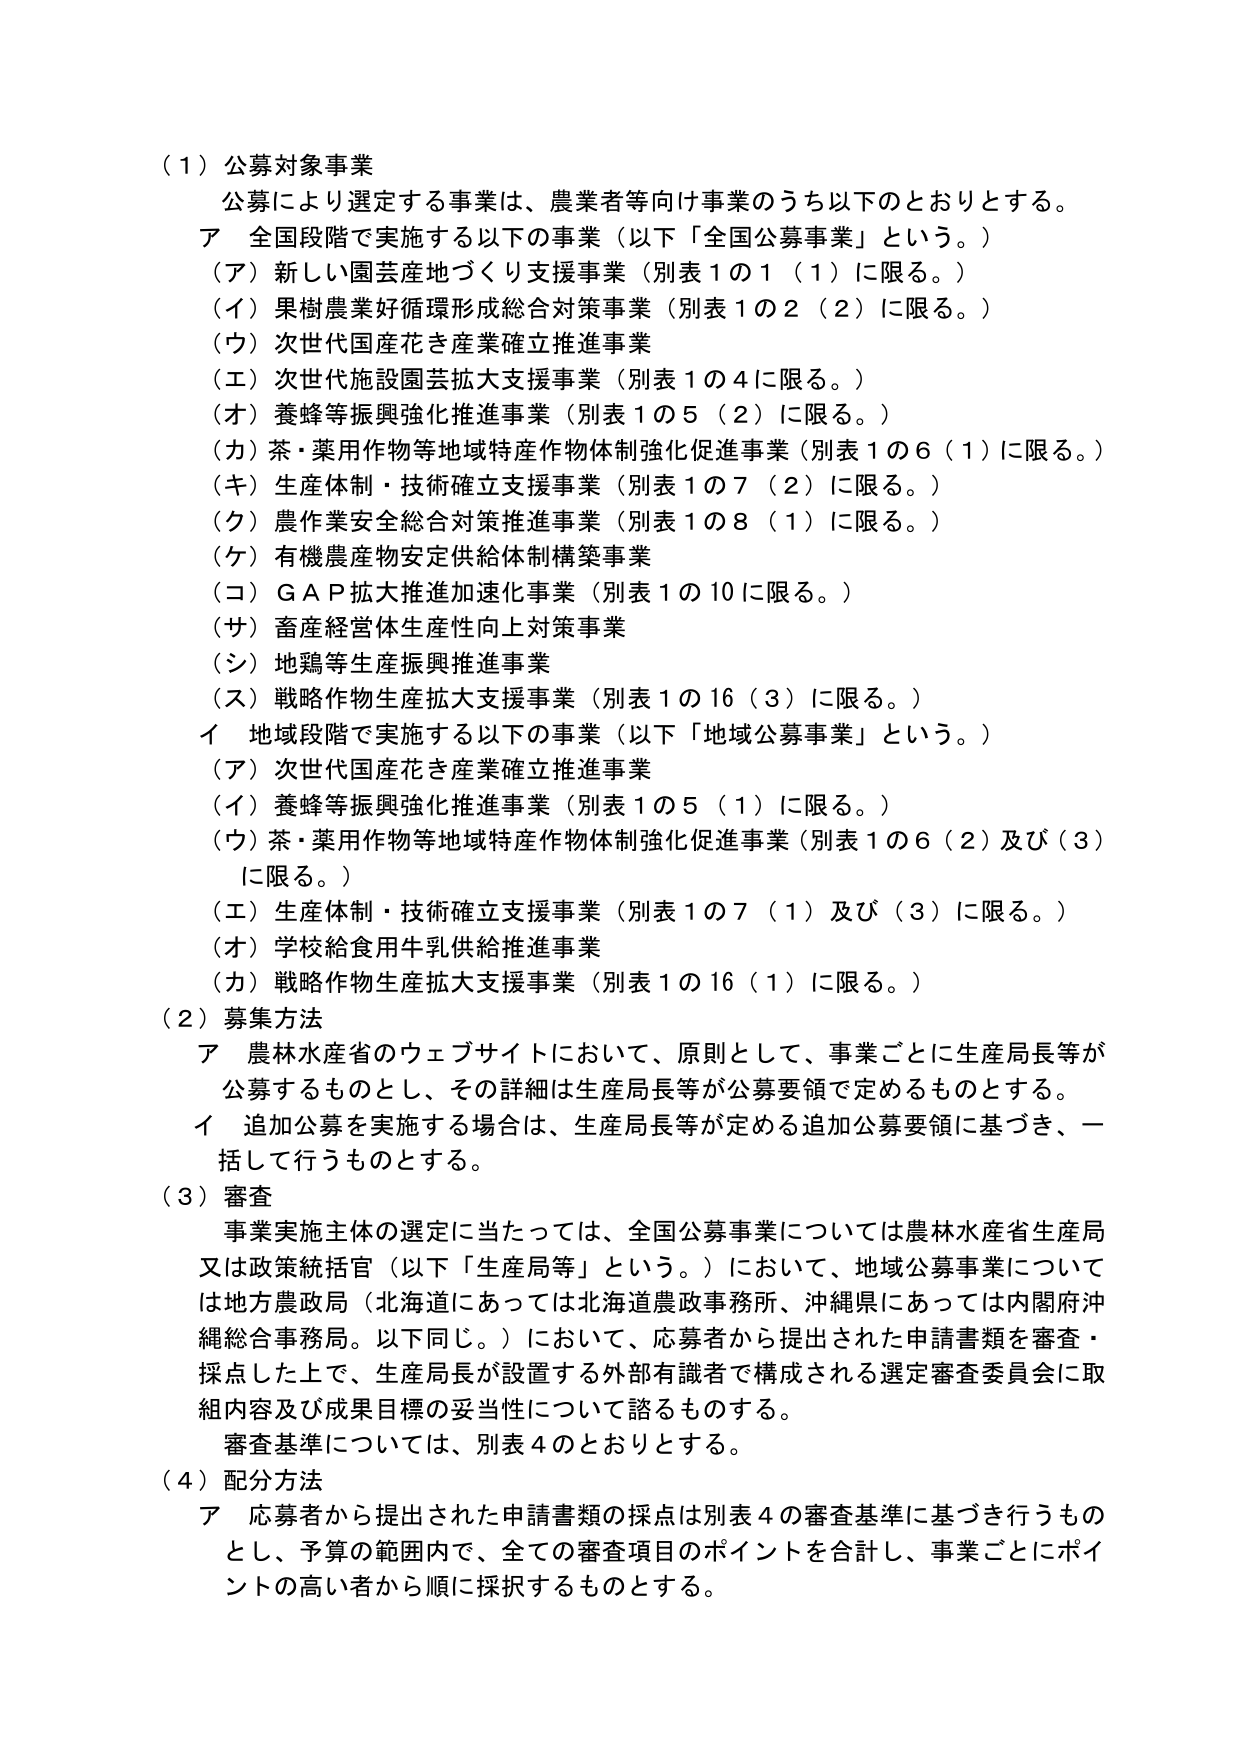
（１）公募対象事業
　公募により選定する事業は、農業者等向け事業のうち以下のとおりとする。
　ア　全国段階で実施する以下の事業（以下「全国公募事業」という。）
　　（ア）新しい園芸産地づくり支援事業（別表１の１（１）に限る。）
　　（イ）果樹農業好循環形成総合対策事業（別表１の２（２）に限る。）
　　（ウ）次世代国産花き産業確立推進事業
　　（エ）次世代施設園芸拡大支援事業（別表１の４に限る。）
　　（オ）養蜂等振興強化推進事業（別表１の５（２）に限る。）
　　（カ）茶・薬用作物等地域特産作物体制強化促進事業（別表１の６（１）に限る。）
　　（キ）生産体制・技術確立支援事業（別表１の７（２）に限る。）
　　（ク）農作業安全総合対策推進事業（別表１の８（１）に限る。）
　　（ケ）有機農産物安定供給体制構築事業
　　（コ）ＧＡＰ拡大推進加速化事業（別表１の10に限る。）
　　（サ）畜産経営体生産性向上対策事業
　　（シ）地鶏等生産振興推進事業
　　（ス）戦略作物生産拡大支援事業（別表１の16（３）に限る。）
　イ　地域段階で実施する以下の事業（以下「地域公募事業」という。）
　　（ア）次世代国産花き産業確立推進事業
　　（イ）養蜂等振興強化推進事業（別表１の５（１）に限る。）
　　（ウ）茶・薬用作物等地域特産作物体制強化促進事業（別表１の６（２）及び（３）に限る。）
　　（エ）生産体制・技術確立支援事業（別表１の７（１）及び（３）に限る。）
　　（オ）学校給食用牛乳供給推進事業
　　（カ）戦略作物生産拡大支援事業（別表１の16（１）に限る。）
（２）募集方法
　ア　農林水産省のウェブサイトにおいて、原則として、事業ごとに生産局長等が公募するものとし、その詳細は生産局長等が公募要領で定めるものとする。
　イ　追加公募を実施する場合は、生産局長等が定める追加公募要領に基づき、一括して行うものとする。
（３）審査
　事業実施主体の選定に当たっては、全国公募事業については農林水産省生産局又は政策統括官（以下「生産局等」という。）において、地域公募事業については地方農政局（北海道にあっては北海道農政事務所、沖縄県にあっては内閣府沖縄総合事務局。以下同じ。）において、応募者から提出された申請書類を審査・採点した上で、生産局長が設置する外部有識者で構成される選定審査委員会に取組内容及び成果目標の妥当性について諮るものとする。
　審査基準については、別表４のとおりとする。
（４）配分方法
　ア　応募者から提出された申請書類の採点は別表４の審査基準に基づき行うものとし、予算の範囲内で、全ての審査項目のポイントを合計し、事業ごとにポイントの高い者から順に採択するものとする。